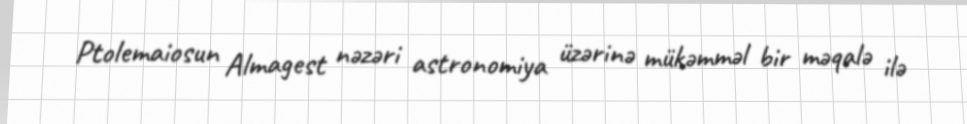
Ptolemaiosun Almagest nəzəri astronomiya üzərinə mükəmməl bir məqalə ilə